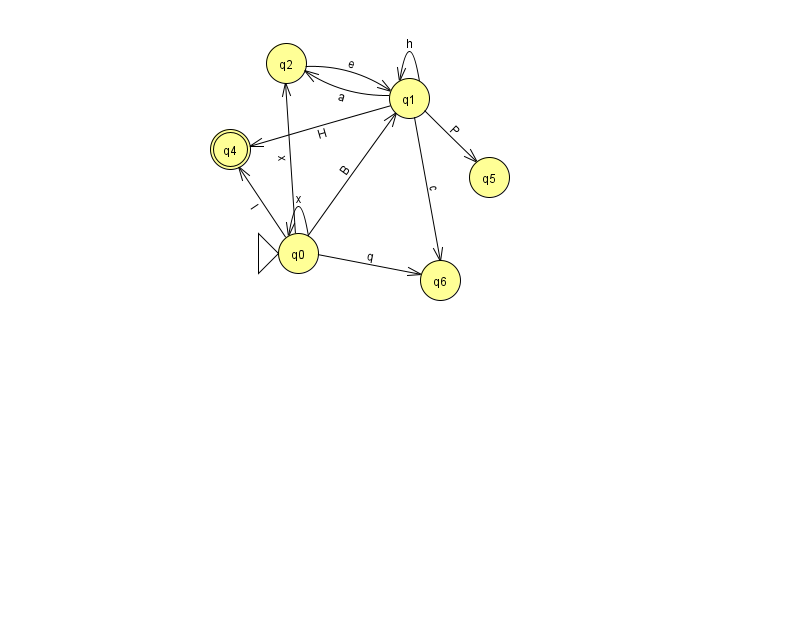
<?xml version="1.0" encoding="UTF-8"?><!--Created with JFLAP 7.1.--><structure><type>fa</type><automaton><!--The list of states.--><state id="0" name="q0"><x>298.0</x><y>240.0</y><initial/></state><state id="1" name="q1"><x>409.0</x><y>85.0</y></state><state id="2" name="q2"><x>286.0</x><y>50.0</y></state><state id="4" name="q4"><x>230.0</x><y>136.0</y><final/></state><state id="5" name="q5"><x>489.0</x><y>164.0</y></state><state id="6" name="q6"><x>440.0</x><y>267.0</y></state><!--The list of transitions.--><transition><from>1</from><to>6</to><read>c</read></transition><transition><from>2</from><to>1</to><read>e</read></transition><transition><from>0</from><to>2</to><read>x</read></transition><transition><from>1</from><to>4</to><read>H</read></transition><transition><from>1</from><to>2</to><read>a</read></transition><transition><from>0</from><to>0</to><read>x</read></transition><transition><from>0</from><to>1</to><read>B</read></transition><transition><from>1</from><to>1</to><read>h</read></transition><transition><from>1</from><to>5</to><read>P</read></transition><transition><from>0</from><to>6</to><read>q</read></transition><transition><from>0</from><to>4</to><read>I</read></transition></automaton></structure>